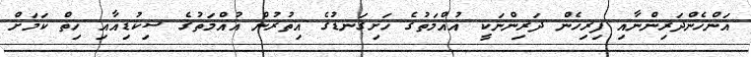
އަންހެންދަރިންނާއި ފިރިހެން ދަރިންނަކީ އުއްމަތުގެ ހަށިގަނޑުގެ އިތުރުން އުއްމަތުގެ ސިކުޑިއާއި ހިތް ކަމަށް